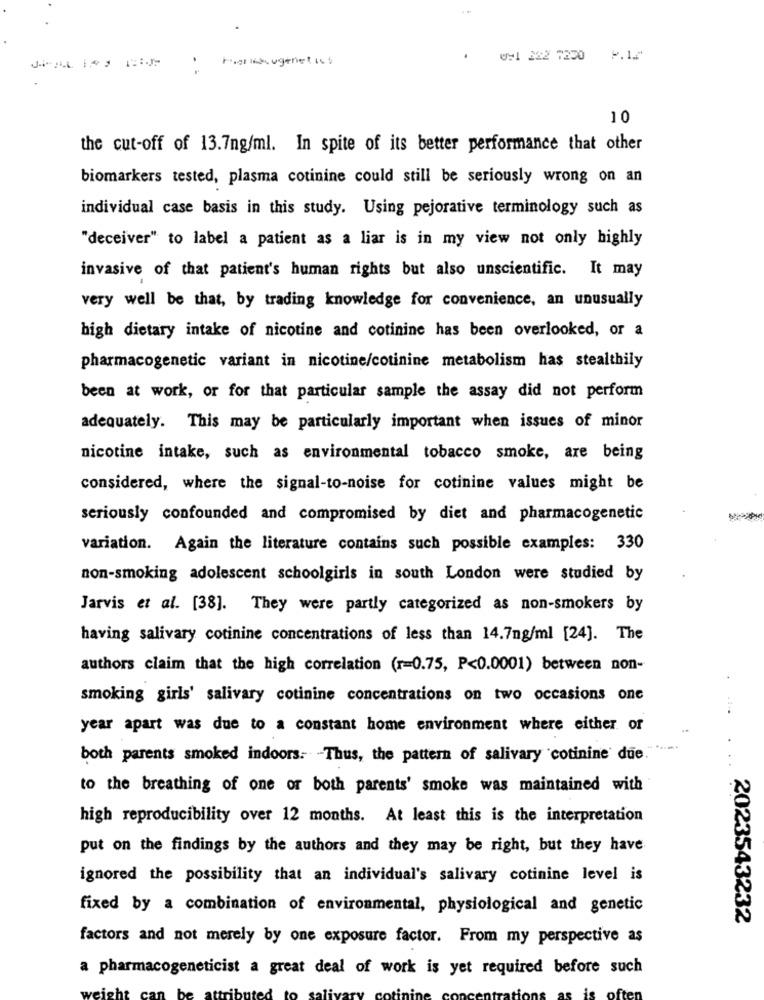
091 222 7200
2.1
10
the cut-off of 13.7ng/ml. In spite of its better performance that other
biomarkers tested, plasma cotinine could still be seriously wrong on an
individual case basis in this study. Using pejorative terminology such as
"deceiver" to label a patient as a liar is in my view not only highly
invasive of that patient's human rights but also unscientific. It may
very well be that, by trading knowledge for convenience, an unusually
high dietary intake of nicotine and cotinine has been overlooked, or a
pharmacogenetic variant in nicotine/cotinine metabolism has stealthily
been at work, or for that particular sample the assay did not perform
adequately. This may be particularly important when issues of minor
nicotine intake, such as environmental tobacco smoke, are being
considered, where the signal-to-noise for cotinine values might be
seriously confounded and compromised by diet and pharmacogenetic
variation. Again the literature contains such possible examples: 330
non-smoking adolescent schoolgirls in south London were studied by
Jarvis et al. [38]. They were partly categorized as non-smokers by
having salivary cotinine concentrations of less than 14.7ng/ml [24]. The
authors claim that the high correlation (r=0.75, P<0.0001) between non-
smoking girls' salivary cotinine concentrations on two occasions one
year apart was due to a constant home environment where either of
both parents smoked indoors. Thus, the pattern of salivary cotinine due."
to the breathing of one or both parents' smoke was maintained with
high reproducibility over 12 months. At least this is the interpretation
put on the findings by the authors and they may be right, but they have
ignored the possibility that an individual's salivary cotinine level is
fixed by a combination of environmental, physiological and genetic
2023543232
factors and not merely by one exposure factor. From my perspective as
a pharmacogeneticist a great deal of work is yet required before such